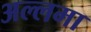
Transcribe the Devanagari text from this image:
अल्‍लमा